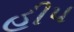
હીપ